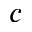
c